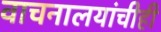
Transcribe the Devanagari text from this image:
वाचनालयांचीही